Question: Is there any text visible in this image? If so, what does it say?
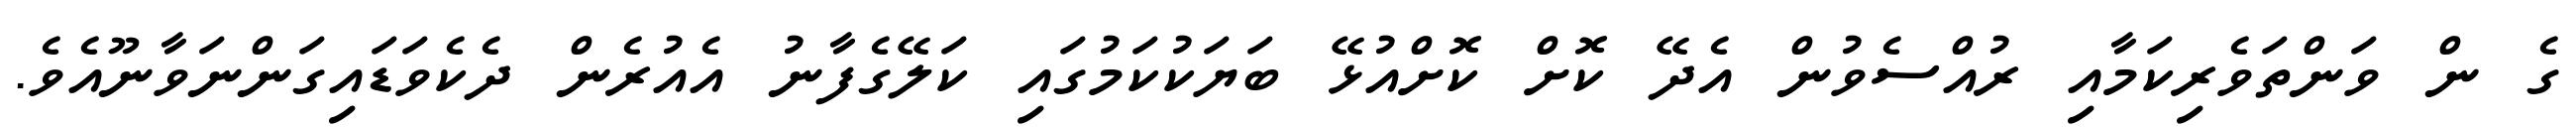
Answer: ގެ ން ވަންތަވެރިކަމާއި ރުއްސެވުން އެދޭ ކޮށް ކޮށްއުޅޭ ބަޔަކުކަމުގައި ކަލޭގެފާނު އެއުރެން ދެކެވަޑައިގަންނަވާނޫއެވެ.